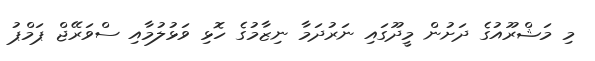
މި މަޝްރޫއުގެ ދަށުން މީދޫގައި ނަރުދަމާ ނިޒާމުގެ ހޮޅި ވަޅުލުމާއި ސްވަރޭޖް ޕަމްޕު